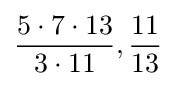
{\frac {5\cdot 7\cdot 13}{3\cdot 11}},{\frac {11}{13}}